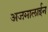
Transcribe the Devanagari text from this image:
अजमालाईन